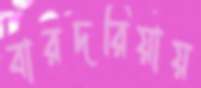
বারদরিয়ায়